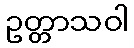
ဥတ္တာသဝါ